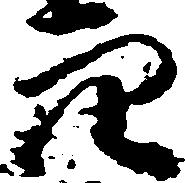
穴